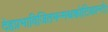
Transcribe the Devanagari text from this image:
देहप्रभाविजितमन्मथकोटिकान्तेः